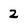
Character: 2